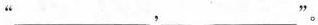
“___，___”。